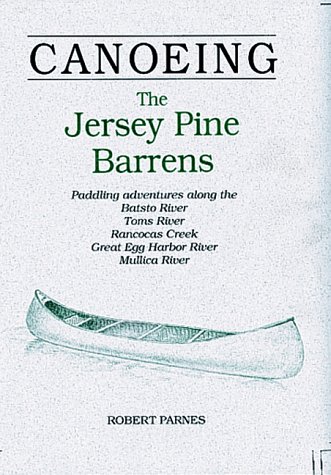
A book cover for CANOEING The Jersey Pine Barrens: Paddling adventures along the Batsto River, Toms River, Rancocas Creek, Great Egg Harbor River, Mullica River; Robert Parnes; Travel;